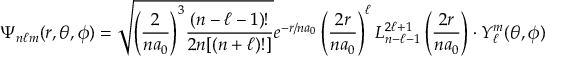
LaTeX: \Psi _ { n \ell m } ( r , \theta , \phi ) = { \sqrt { { \left( { \frac { 2 } { n a _ { 0 } } } \right) } ^ { 3 } { \frac { ( n - \ell - 1 ) ! } { 2 n [ ( n + \ell ) ! ] } } } } e ^ { - r / n a _ { 0 } } \left( { \frac { 2 r } { n a _ { 0 } } } \right) ^ { \ell } L _ { n - \ell - 1 } ^ { 2 \ell + 1 } \left( { \frac { 2 r } { n a _ { 0 } } } \right) \cdot Y _ { \ell } ^ { m } ( \theta , \phi )